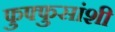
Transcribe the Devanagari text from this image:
फुफ्फुसांशी